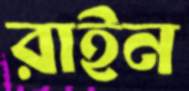
রাইন